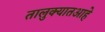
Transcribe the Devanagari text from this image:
तालुक्यातआहे